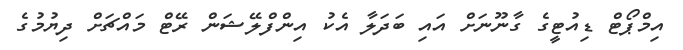
އިމްޕޯޓް ޑިއުޓީގެ ގާނޫނަށް އައި ބަދަލާ އެކު އިންފްލޭޝަން ރޭޓް މައްޗަށް ދިޔުމުގެ